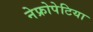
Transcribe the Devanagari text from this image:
नेफ्रोपेटिया